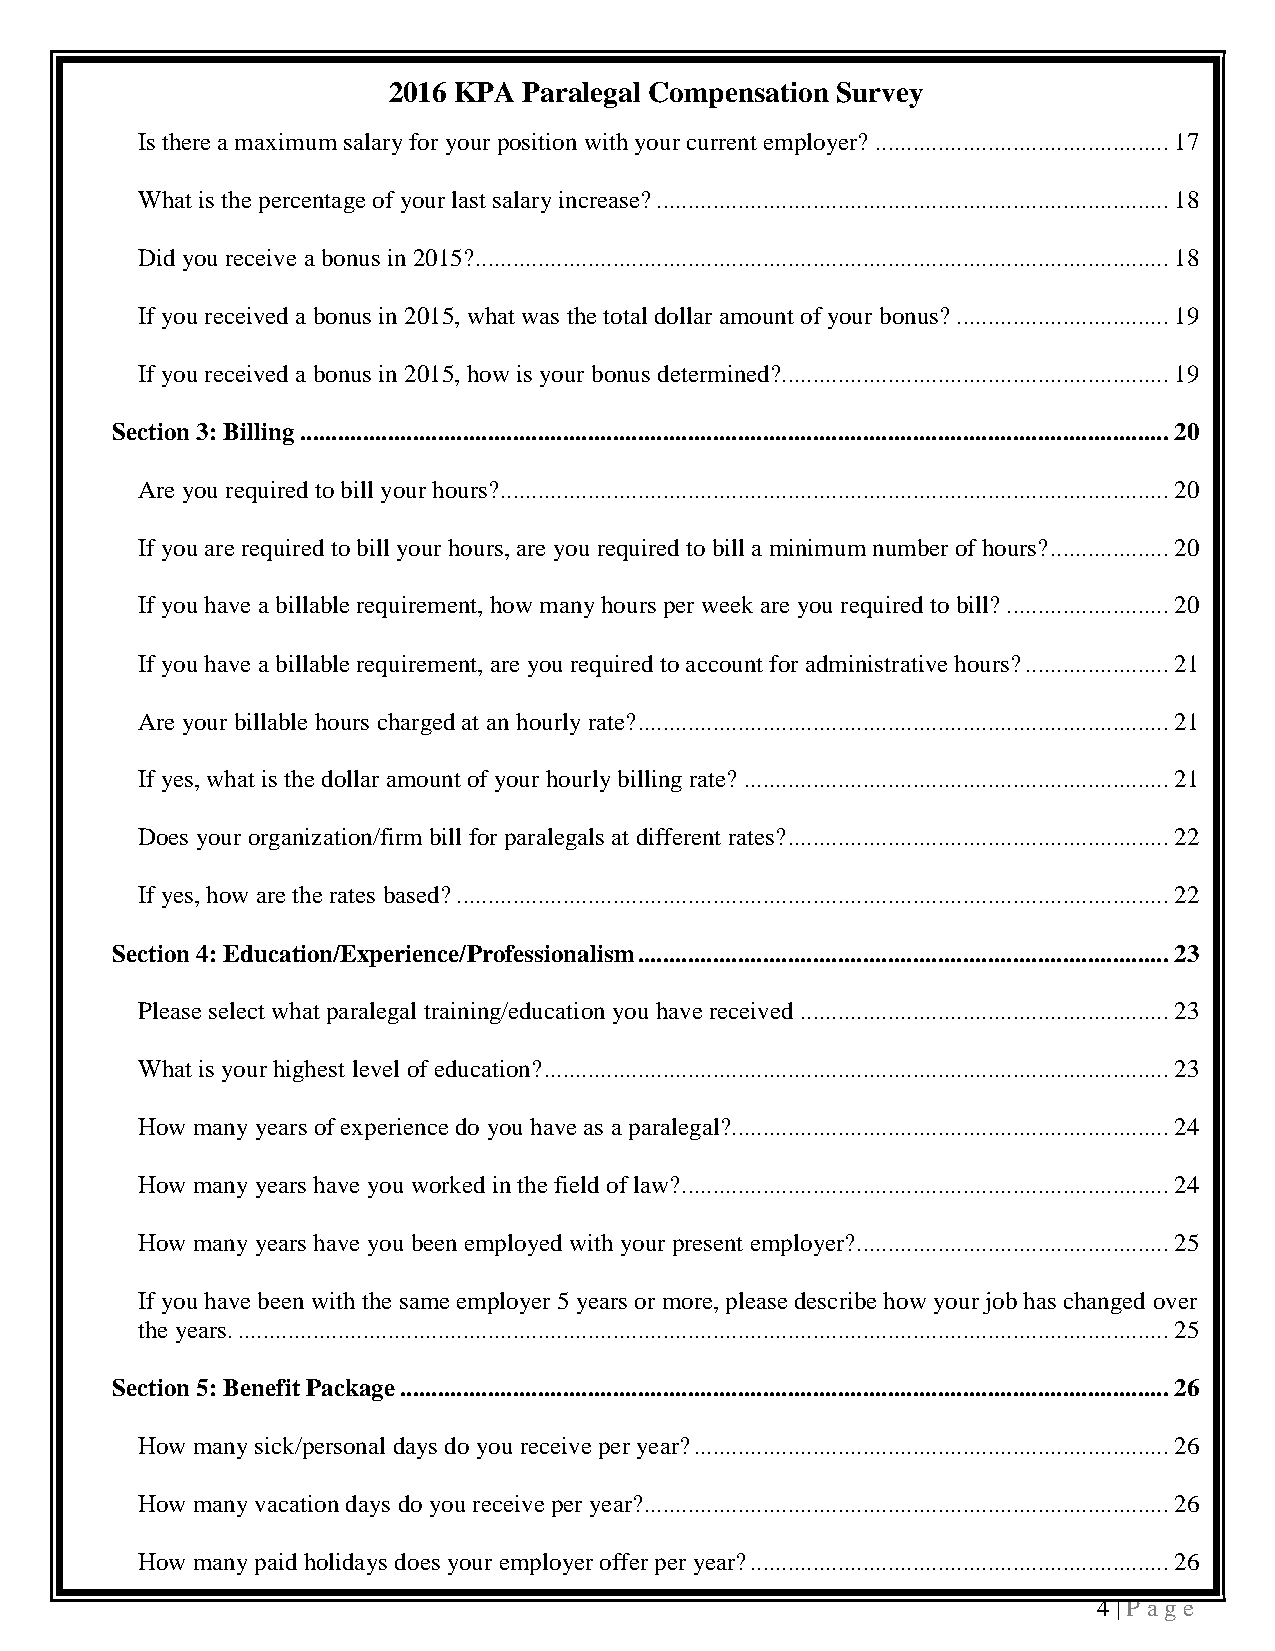
2016 KPA Paralegal Compensation Survey
 Is there a maximum salary for your position with your current employer? ............................................... 17
 What is the percentage of your last salary increase? .................................................................................. 18
 Did you receive a bonus in 2015? ............................................................................................................... 18
 If you received a bonus in 2015, what was the total dollar amount of your bonus? .................................. 19
 If you received a bonus in 2015, how is your bonus determined? .............................................................. 19
 Section 3: Billing ........................................................................................................................................... 20
 Are you required to bill your hours? ........................................................................................................... 20
 If you are required to bill your hours, are you required to bill a minimum number of hours? ................... 20
 If you have a billable requirement, how many hours per week are you required to bill? .......................... 20
 If you have a billable requirement, are you required to account for administrative hours? ....................... 21
 Are your billable hours charged at an hourly rate? ..................................................................................... 21
 If yes, what is the dollar amount of your hourly billing rate? .................................................................... 21
 Does your organization/firm bill for paralegals at different rates? ............................................................. 22
 If yes, how are the rates based? .................................................................................................................. 22
 Section 4: Education/Experience/Professionalism ..................................................................................... 23
 Please select what paralegal training/education you have received ........................................................... 23
 What is your highest level of education? .................................................................................................... 23
 How many years of experience do you have as a paralegal? ...................................................................... 24
 How many years have you worked in the field of law? .............................................................................. 24
 How many years have you been employed with your present employer? .................................................. 25
 If you have been with the same employer 5 years or more, please describe how your job has changed over
 the years. ..................................................................................................................................................... 25
 Section 5: Benefit Package ........................................................................................................................... 26
 How many sick/personal days do you receive per year? ............................................................................ 26
 How many vacation days do you receive per year? .................................................................................... 26
 How many paid holidays does your employer offer per year? ................................................................... 26
 4 | P a ge